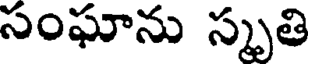
సంఘాను స్మృతి